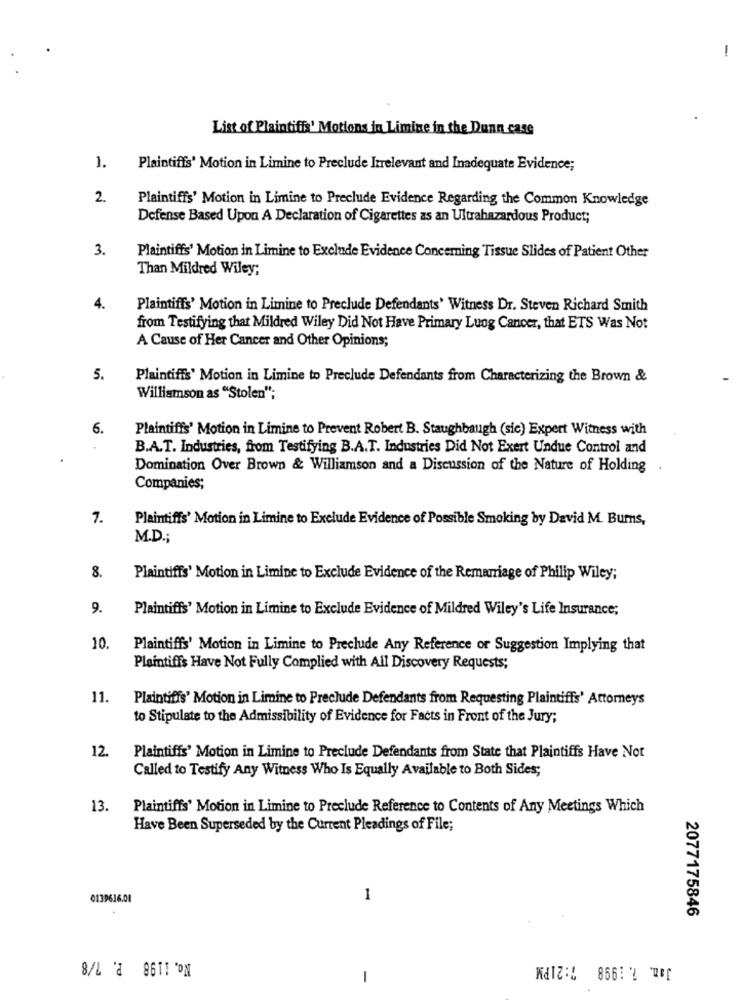
-
List of Plaintiffs' Motions in Limine in the Dunn case
1.
Plaintiffs' Motion in Limine to Preclude Irrelevant and Inadequate Evidence;
2.
Plaintiffs' Motion in Limine to Preclude Evidence Regarding the Common Knowledge
Defense Based Upon A Declaration of Cigarettes as an Ultrahazardous Product;
3.
Plaintiffs' Motion in Limine to Exclude Evidence Concerning Tissue Slides of Patient Other
Than Mildred Wiley;
4.
Plaintiffs' Motion in Limine to Preclude Defendants' Witness Dr. Steven Richard Smith
from Testifying that Mildred Wiley Did Not Have Primary Lung Cancer, that ETS Was Not
A Cause of Her Cancer and Other Opinions;
5.
Plaintiffs' Motion in Limine to Preclude Defendants from Characterizing the Brown &
Williamson as "Stolen";
6.
Plaintiffs' Motion in Limine to Prevent Robert B. Staughbaugh (sic) Expert Witness with
B.A.T. Industries, from Testifying B.A.T. Industries Did Not Exert Undue Control and
Domination Over Brown & Williamson and a Discussion of the Nature of Holding
Companies;
7.
Plaintiffs' Motion in Limine to Exclude Evidence of Possible Smoking by David M. Burns,
M.D .;
8.
Plaintiffs' Motion in Limine to Exclude Evidence of the Remarriage of Philip Wiley;
9.
Plaintiffs' Motion in Limine to Exclude Evidence of Mildred Wiley's Life Insurance;
10.
Plaintiffs' Motion in Limine to Preclude Any Reference or Suggestion Implying that
Plaintiffs Have Not Fully Complied with All Discovery Requests;
11.
Plaintiffs' Motion in Limine to Preclude Defendants from Requesting Plaintiffs' Attorneys
to Stipulate to the Admissibility of Evidence for Facts in Front of the Jury;
12.
Plaintiffs' Motion in Limine to Preclude Defendants from State that Plaintiffs Have Not
Called to Testify Any Witness Who Is Equally Available to Both Sides;
13.
Plaintiffs' Motion in Limine to Preclude Reference to Contents of Any Meetings Which
Have Been Superseded by the Current Pleadings of File;
0139616.01
1
2077175846
No. 1198 P. 7/8
Jan. 7. 1998 7:21PM
-